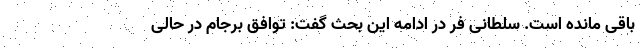
باقی مانده است. سلطانی فر در ادامه این بحث گفت: توافق برجام در حالی